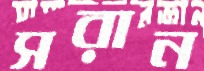
সরান